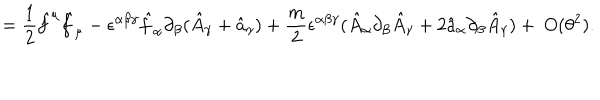
LaTeX: = \frac { 1 } { 2 } \hat { f } ^ { \mu } \hat { f } _ { \mu } - \epsilon ^ { \alpha \beta \gamma } \hat { f } _ { \alpha } \partial _ { \beta } ( \hat { A } _ { \gamma } + \hat { a } _ { \gamma } ) + \frac { m } { 2 } \epsilon ^ { \alpha \beta \gamma } ( \hat { A } _ { \alpha } \partial _ { \beta } \hat { A } _ { \gamma } + 2 \hat { a } _ { \alpha } \partial _ { \beta } \hat { A } _ { \gamma } ) + ~ O ( \theta ^ { 2 } ) .